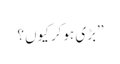
’’بڑی ہوکر کیوں؟